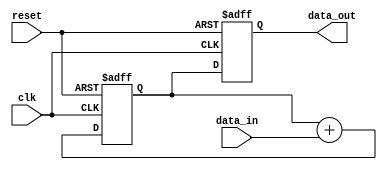
module Pipeline_accumulator(
    input wire clk,
    input wire reset,
    input wire [7:0] data_in,
    output reg [7:0] data_out
);

reg [7:0] acc;
reg [7:0] sum;

always @(posedge clk or posedge reset) begin
    if (reset) begin
        acc <= 8'b0;
        sum <= 8'b0;
    end else begin
        acc <= acc + data_in;
        sum <= acc;
    end
end

assign data_out = sum;

endmodule